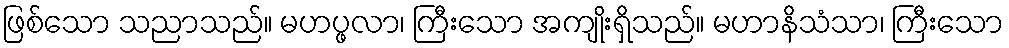
ဖြစ်သော သညာသည်။ မဟပ္ဖလာ၊ ကြီးသော အကျိုးရှိသည်။ မဟာနိသံသာ၊ ကြီးသော